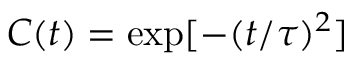
C ( t ) = \mathrm { e x p } [ - ( t / \tau ) ^ { 2 } ]